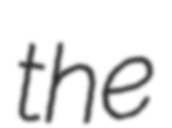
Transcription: the